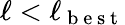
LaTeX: \ell<\ell_{\mathrm{~b~e~s~t~}}